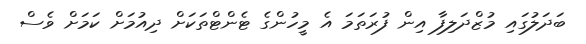
ބަދަލުގައި މުޒްދަލިފާ އިން ފުރަތަމަ އެ މީހުންގެ ޓެންޓްތަކަށް ދިއުމަަށް ކަމަށް ވެސް